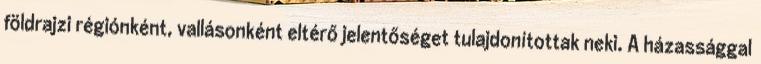
földrajzi régiónként, vallásonként eltérő jelentőséget tulajdonítottak neki. A házassággal